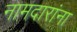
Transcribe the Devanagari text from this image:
नामदारांना